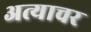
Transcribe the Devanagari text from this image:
अत्याचर